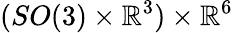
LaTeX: (SO(3)\times\mathbb{R}^{3})\times\mathbb{R}^{6}